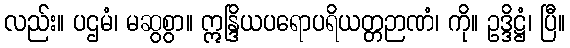
လည်း။ ပဌမံ၊ မဆွစွာ။ ဣန္ဒြိယပရောပရိယတ္တဉာဏံ၊ ကို။ ဥဒ္ဒိဋ္ဌံ၊ ပြီ။